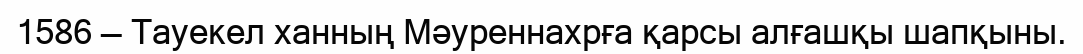
1586 — Тауекел ханның Мәуреннахрға қарсы алғашқы шапқыны.